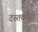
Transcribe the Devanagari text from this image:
दस्‍तकारी